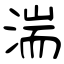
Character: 湍